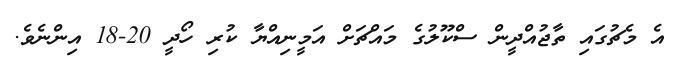
އެ މެޗުގައި ތާޖުއްދީން ސްކޫލުގެ މައްޗަށް އަމީނިއްޔާ ކުރި ހޯދީ 20-18 އިންނެވެ.